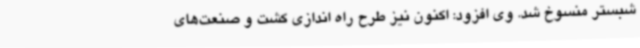
شبستر منسوخ شد. وی افزود: اکنون نیز طرح راه اندازی کشت و صنعت‌های